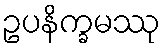
ဥပနိက္ခမဿု